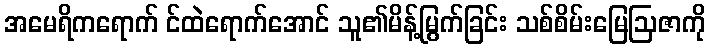
အမေရိကရောက် င်ထဲရောက်အောင် သူ၏မိန့်မြွက်ခြင်း သစ်စိမ်းမြေဩဇာကို